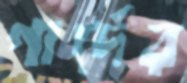
গার্দের